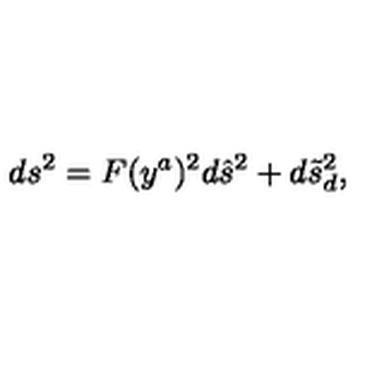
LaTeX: d s ^ { 2 } = F ( y ^ { a } ) ^ { 2 } d \hat { s } ^ { 2 } + d \tilde { s } _ { d } ^ { 2 } ,